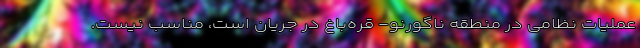
عملیات نظامی در منطقه ناگورنو- قره‌باغ در جریان است، مناسب نیست.